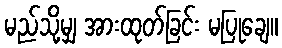
မည်သို့မျှ အားထုတ်ခြင်း မပြုချေ။